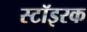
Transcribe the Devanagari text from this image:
स्टॉइरक